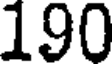
190